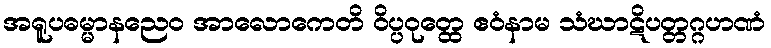
အရူပဓမ္မာနညေဝ အာလောကေတိ ဝိပ္ပဝုတ္ထေ ဧဝံနာမ သံဃာဋိပတ္တဂ္ဂဟဏံ